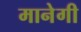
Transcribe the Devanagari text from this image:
मानेगी